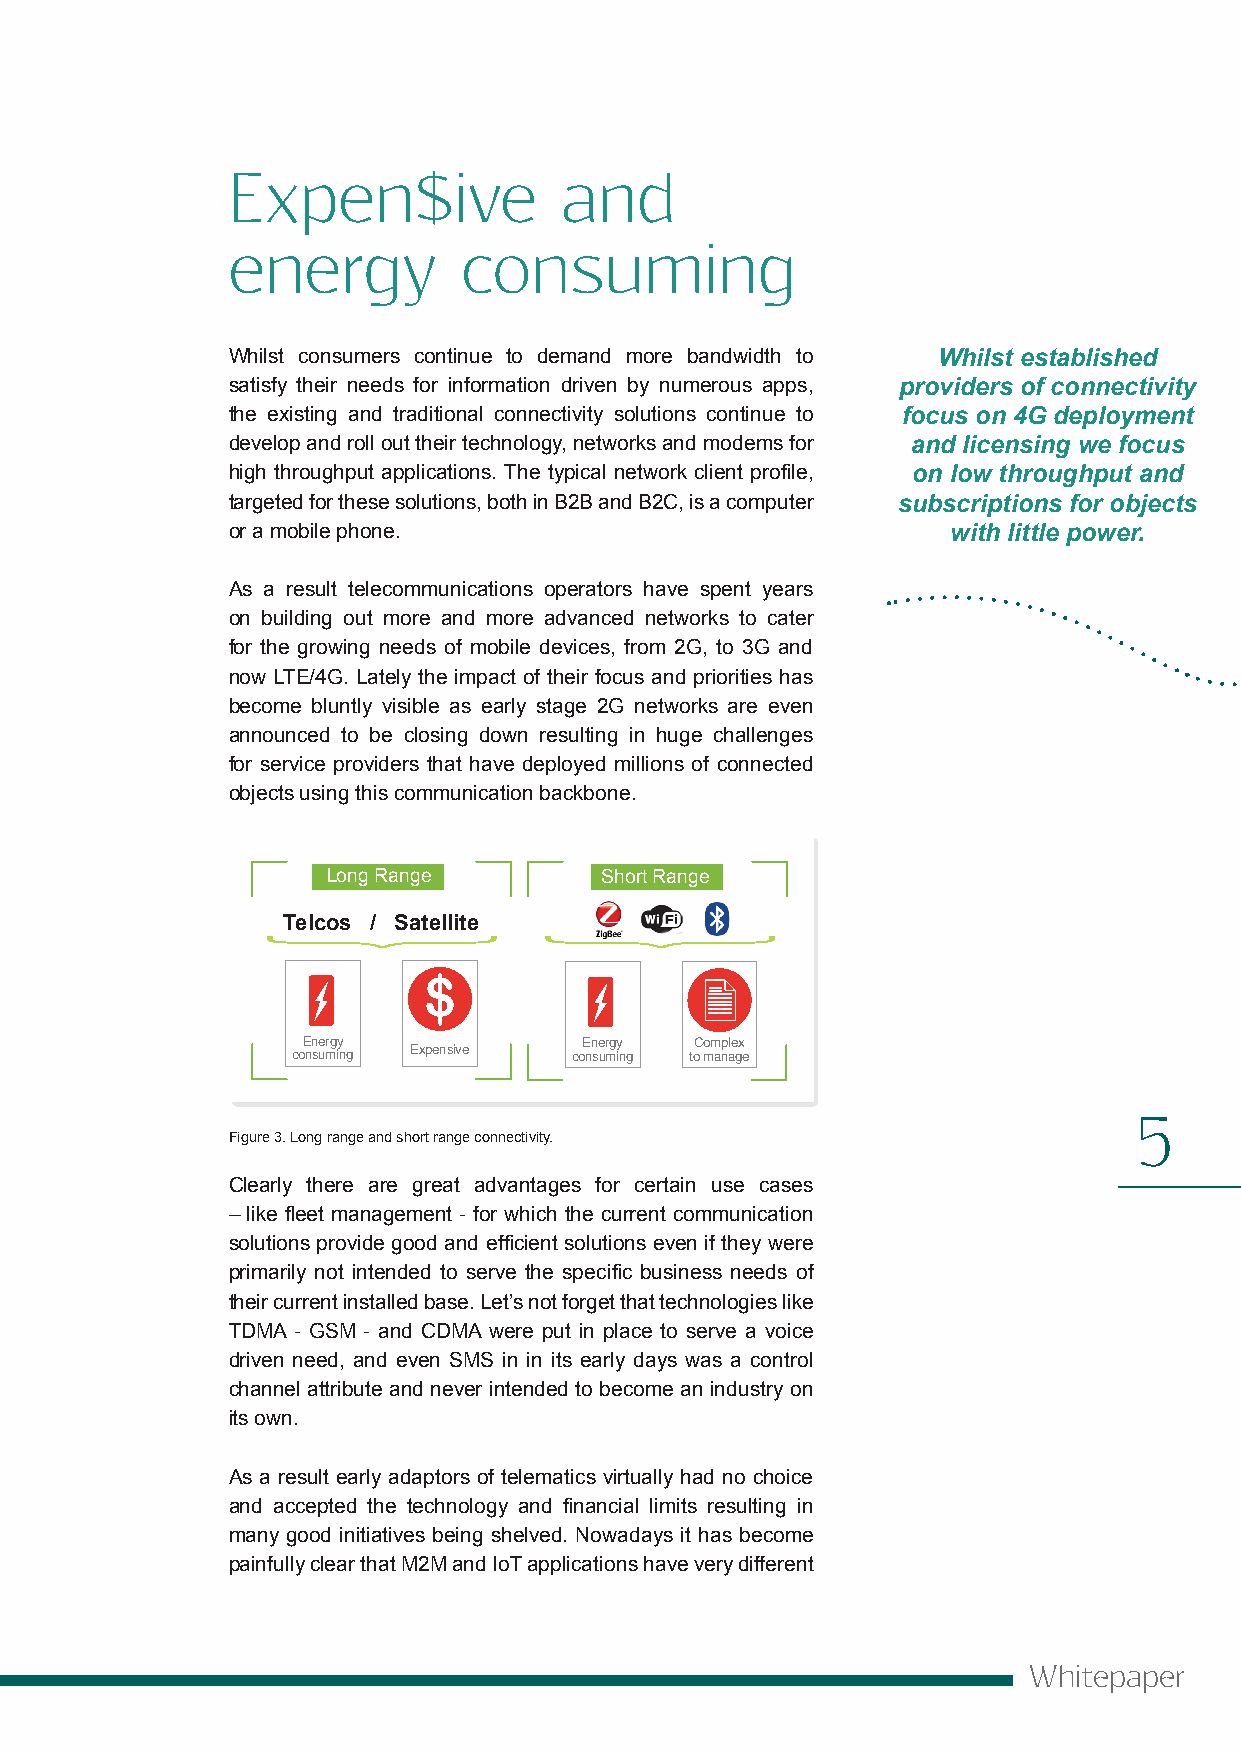
Expen$ive             and
 energy          consuming
 Whilst consumers continue to demand more bandwidth to Whilst established
 satisfy their needs for information driven by numerous apps, providers of connectivity
 the existing and traditional connectivity solutions continue to focus on 4G deployment
 develop and roll out their technology, networks and modems for and licensing we focus
 high throughput applications. The typical network client profile, on low throughput and
 targeted for these solutions, both in B2B and B2C, is a computer subscriptions for objects
 or a mobile phone.                              with little power.
 As a result telecommunications operators have spent years
 on building out more and more advanced networks to cater
 for the growing needs of mobile devices, from 2G, to 3G and
 now LTE/4G. Lately the impact of their focus and priorities has
 become bluntly visible as early stage 2G networks are even
 announced to be closing down resulting in huge challenges
 for service providers that have deployed millions of connected
 objects using this communication backbone.
 Long Range        Short Range
 Telcos / Satellite
 Energy             Energy Complex
 consuming Expensive consuming to manage
 5
 Figure 3. Long range and short range connectivity.
 Clearly there are great advantages for certain use cases
 – like fleet management - for which the current communication
 solutions provide good and efficient solutions even if they were
 primarily not intended to serve the specific business needs of
 their current installed base. Let’s not forget that technologies like
 TDMA - GSM - and CDMA were put in place to serve a voice
 driven need, and even SMS in in its early days was a control
 channel attribute and never intended to become an industry on
 its own.
 As a result early adaptors of telematics virtually had no choice
 and accepted the technology and financial limits resulting in
 many good initiatives being shelved. Nowadays it has become
 painfully clear that M2M and IoT applications have very different
 Whitepaper